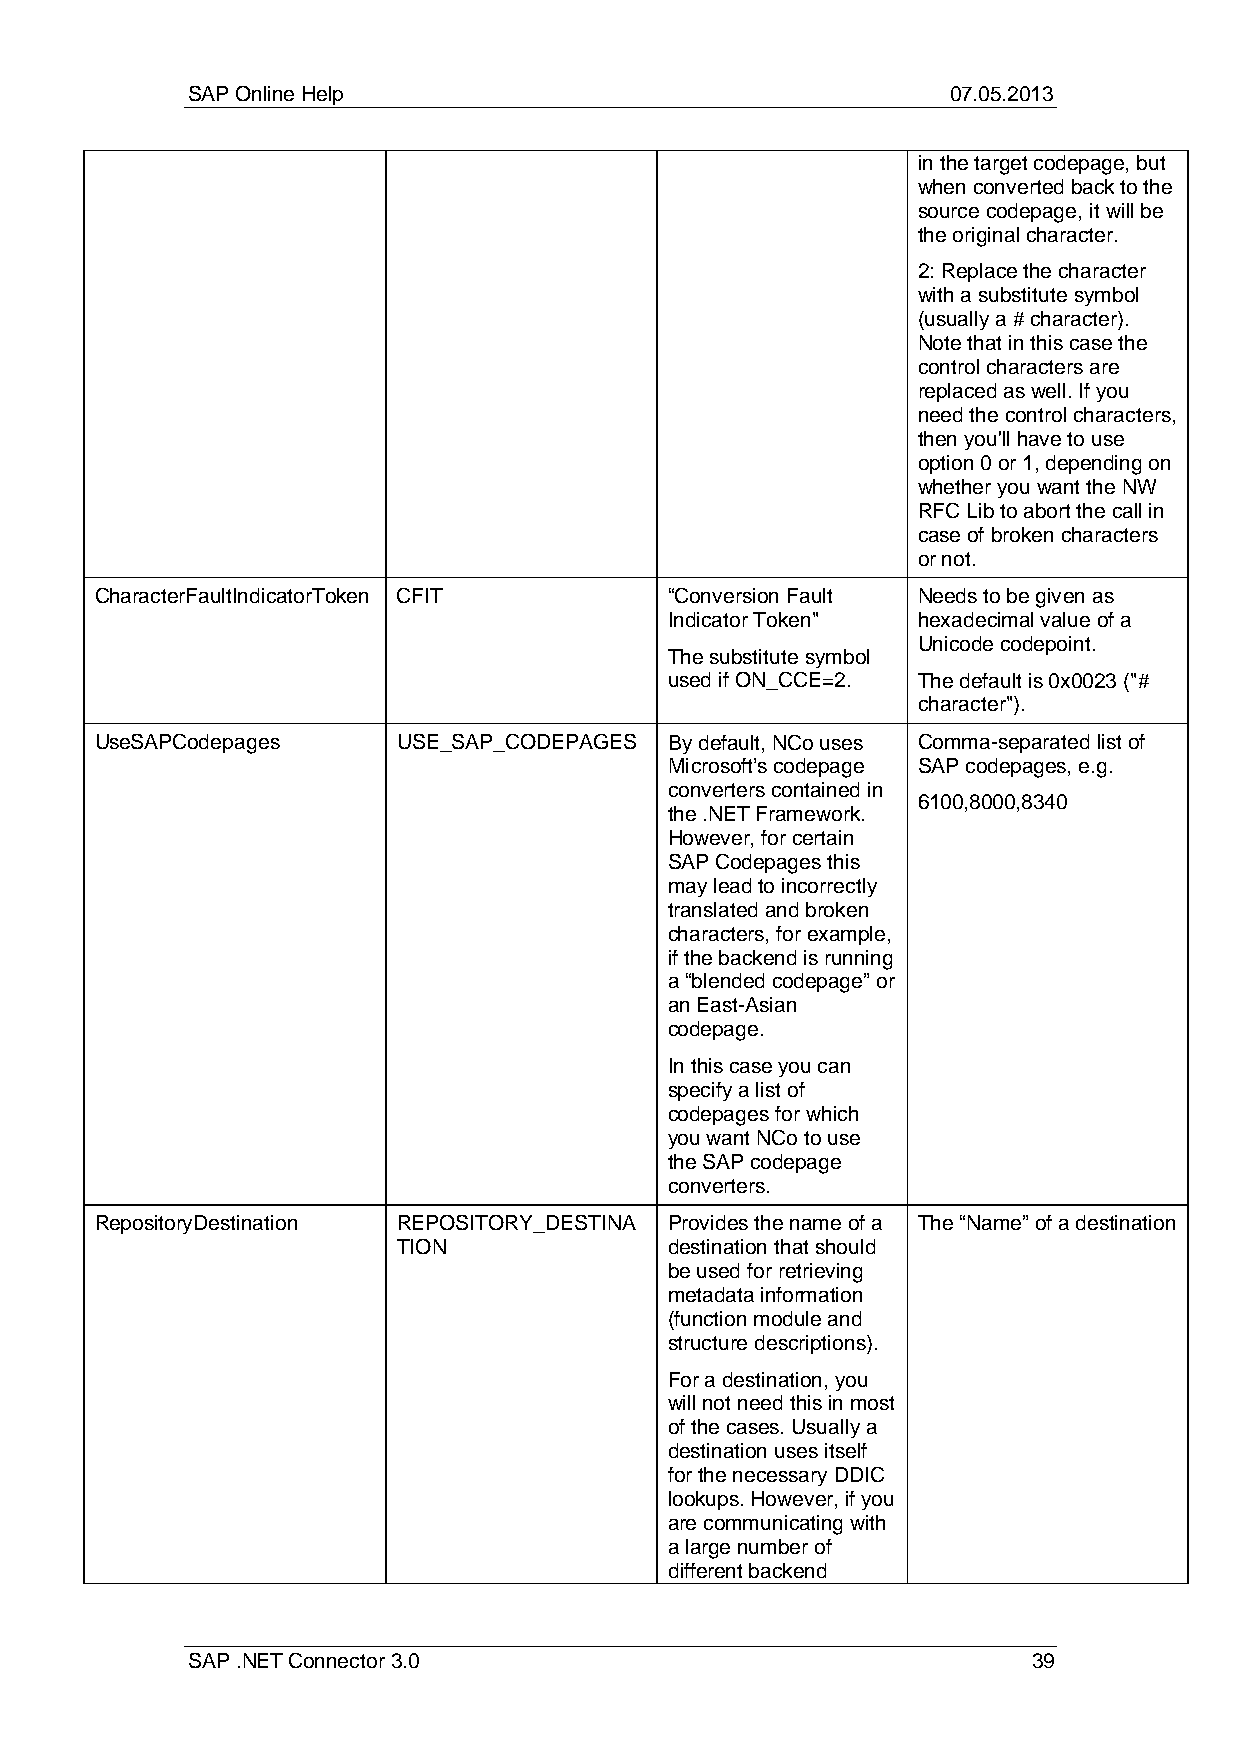
SAP Online Help                                    07.05.2013
 in the target codepage, but
 when converted back to the
 source codepage, it will be
 the original character.
 2: Replace the character
 with a substitute symbol
 (usually a # character).
 Note that in this case the
 control characters are
 replaced as well. If you
 need the control characters,
 then you'll have to use
 option 0 or 1, depending on
 whether you want the NW
 RFC Lib to abort the call in
 case of broken characters
 or not.
 CharacterFaultIndicatorToken CFIT     “Conversion Fault Needs to be given as
 Indicator Token" hexadecimal value of a
 Unicode codepoint.
 The substitute symbol
 used if ON_CCE=2. The default is 0x0023 ("#
 character").
 UseSAPCodepages     USE_SAP_CODEPAGES By default, NCo uses Comma-separated list of
 Microsoft’s codepage SAP codepages, e.g.
 converters contained in
 6100,8000,8340
 the .NET Framework.
 However, for certain
 SAP Codepages this
 may lead to incorrectly
 translated and broken
 characters, for example,
 if the backend is running
 a “blended codepage” or
 an East-Asian
 codepage.
 In this case you can
 specify a list of
 codepages for which
 you want NCo to use
 the SAP codepage
 converters.
 RepositoryDestination REPOSITORY_DESTINA Provides the name of a The “Name” of a destination
 TION              destination that should
 be used for retrieving
 metadata information
 (function module and
 structure descriptions).
 For a destination, you
 will not need this in most
 of the cases. Usually a
 destination uses itself
 for the necessary DDIC
 lookups. However, if you
 are communicating with
 a large number of
 different backend
 SAP .NET Connector 3.0                                  39